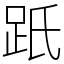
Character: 䟗